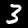
Digit: 3